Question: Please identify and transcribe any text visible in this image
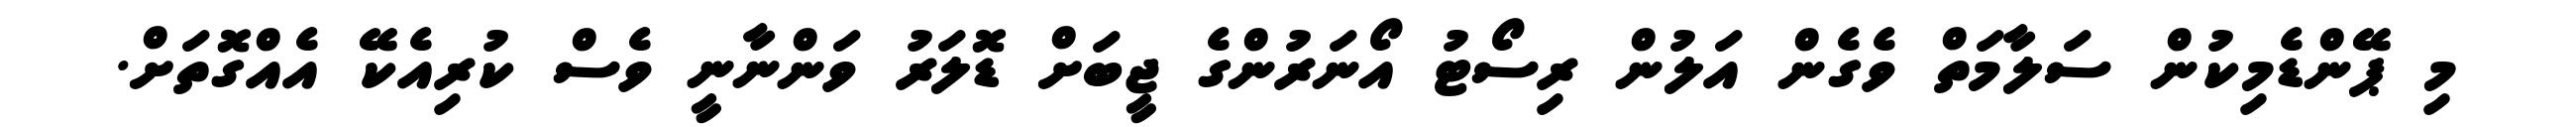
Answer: މި ޕޭންޑެމިކުން ސަލާމަތް ވެގެން އަލުން ރިސޯޓު އޯނަރުންގެ ޖީބަށް ޑޮލަރު ވަންނާނީ ވެސް ކުރިއެކޭ އެއްގޮތަށް.